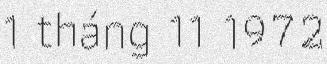
1 tháng 11 1972